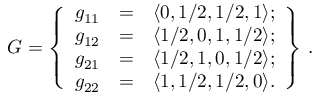
{ \cal G } = \left\{ \begin{array} { c c c } { g _ { 1 1 } } & { = } & { \langle 0 , 1 / 2 , 1 / 2 , 1 \rangle ; } \\ { g _ { 1 2 } } & { = } & { \langle 1 / 2 , 0 , 1 , 1 / 2 \rangle ; } \\ { g _ { 2 1 } } & { = } & { \langle 1 / 2 , 1 , 0 , 1 / 2 \rangle ; } \\ { g _ { 2 2 } } & { = } & { \langle 1 , 1 / 2 , 1 / 2 , 0 \rangle . } \end{array} \right\} \, .